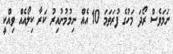
ނަމަވެސް ރޯދަ މަހުގެ ފުރަތަމަ 10 އެއް ނިމުމުނުއިރު ކަރާ ކިލޯއެއް ވިއްކީ